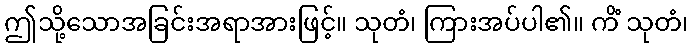
ဤသို့သောအခြင်းအရာအားဖြင့်။ သုတံ၊ ကြားအပ်ပါ၏။ ကိံ သုတံ၊